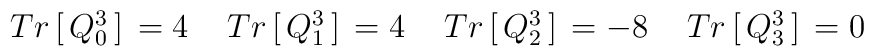
\left.   \begin{array}{llll}  Tr\,[\,Q^{3}_{0}\,]\,=    4   \,  &   \,Tr\,[\,Q^{3}_{1}\,]\,= 4  \, & \,  Tr\,[\,Q^{3}_{2}\,]\, = -8 \,  & \,Tr\,[\,Q^{3}_{3}\,]\, = 0\end{array}\right.